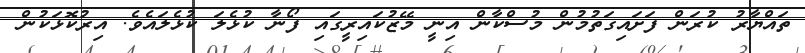
ތައްޔާރު ކުރަން ފަށައިގަތުމުން މުސްކާން އިނީ މޭޒުކައިރީގައި ފޯނާ ކުޅެލަ ކުޅެލައެވެ. އިރުކޮޅަކުން